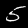
Label: 5